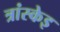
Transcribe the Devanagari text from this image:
त्रांस्केइ